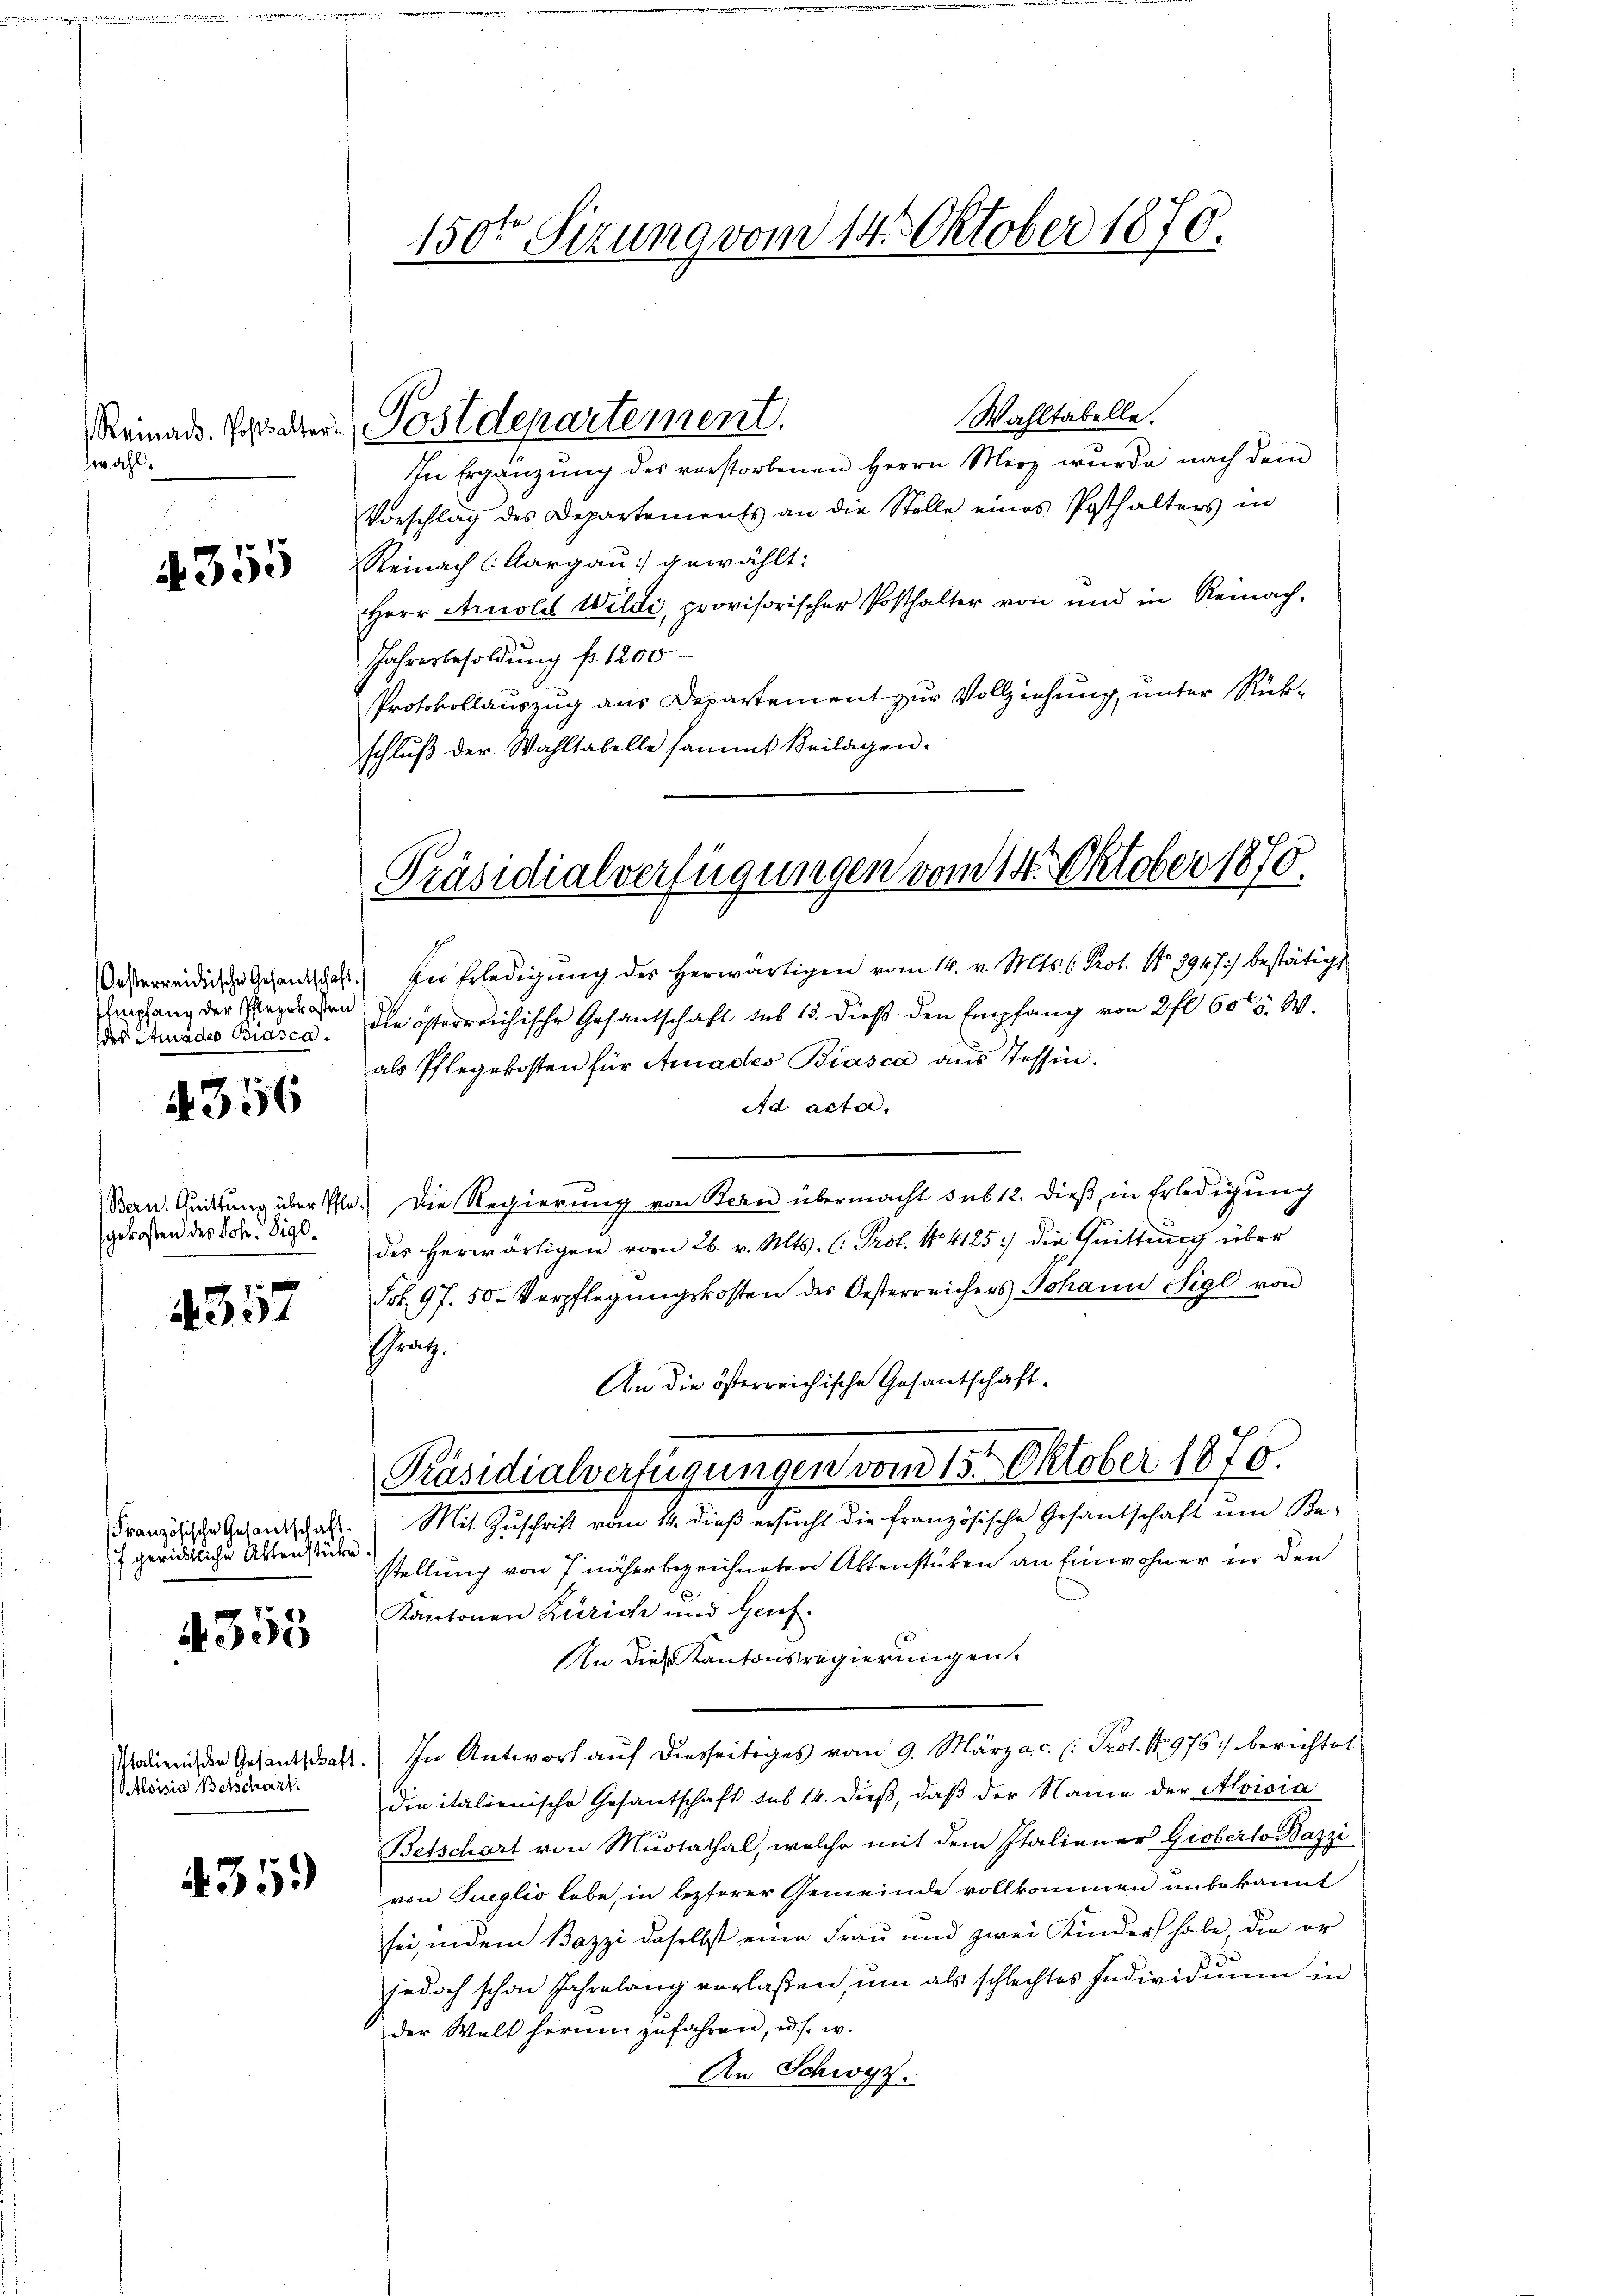
zwahl.

A 355

Oesterreichische Gesandtschaft.
EEmpfang der Pflegekosten
des Amades Biasca.

4356

Bern. Quittung über Pflegekosten des Joh. Sigl¬

4357

Französische Gesantschaft.
f gerichtliche Aktenstüke

355

Italienischen Gesantschaft.
Aloisia Betschart

4359

150ten Sizung vom 14. Oktober 1876.

Wahltabelle.
In Ergänzŭng des verstorbenen Herrn Merz würde nach dem
Vorschlag des Departements an die Stolle eines Posthalters in
Reinach (Aargau gewählt:
Herr Arnold Wildi, provisorischer Posthalter von und in Remach-
Jahresbesoldung fr. 1200
Protokollauszug aus Departement zur Vollziehung, unter Rückschlŭβ der Wahltabelle sammt Beilagen.

Reinaus. Parer Postdepartement.

Präsidialverfügungen vom 14. Oktober 1870.

Präsidialverfügungen vom 15t Oktober 1870.

In Erledigung des herwärtigen vom 14. v. Mts. C. Prot. No 3947) bestätigt
die österreichische Gesantschaft sub 15. dieß den Empfang von 2 fl 605. W
als Pflegekosten für Amades Biasca aus Tessin.
Ad acta.
Die Regierung von Bern übermacht sub 12. dieß, in Erledigung
des herwärtigen vom 26. v. Mts. (: Prof. No. 4125 :/ die Quittung über
Frk. 97. 50. Verpflegŭngskosten des Oesterreichers Johann Sigl von
Graz.
An die österreichische Gesantschaft¬
Mit Zuschrift vom 14. dieß ersucht die französische Gesandschaft um Bestellung von 7 näher bezeichneten Aktenstücken an Einwohner in den
Kantonen Zürich und Genf.
se
An diese Kantonsregierungen.
In Antwort auf diesseitiges vom 9. März a.c. (: Prof. No 976 :/ berichtet
die italienische Gesantschaft sub 14. dieß, daß der Name der Aloisia
Betschart von Muotathal, welche mit dem Italiener Gioberto Bazzi
von Sueglio lebe, in lezterer Gemeinde vollkommen unbekannt
sei, indem Bazzi daselbst eine Frau und zwei Kinder habe, die er
jedoch schon Jahrelang verlaßen, um als schlechtes Individuum in
der Welt herum zufahren, u. s. w.
An Schwyz.
d